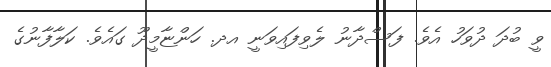
ވީ ބުދަ ދުވަހު އެވެ. ފަސްދާނު ލެވިފައިވަނީ އދ. ހަންޏާމީދޫ ގައެވެ. ކަލާފާނުގެ